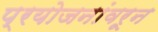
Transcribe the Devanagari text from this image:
प्रयोजनांवरून